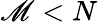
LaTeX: \mathscr{M}<N